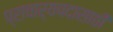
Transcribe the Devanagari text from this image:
प्राचार्यपदासाठी